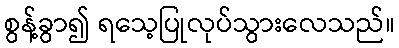
စွန့်ခွာ၍ ရသေ့ပြုလုပ်သွားလေသည်။